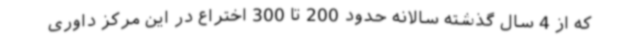
که از 4 سال گذشته سالانه حدود 200 تا 300 اختراع در این مرکز داوری